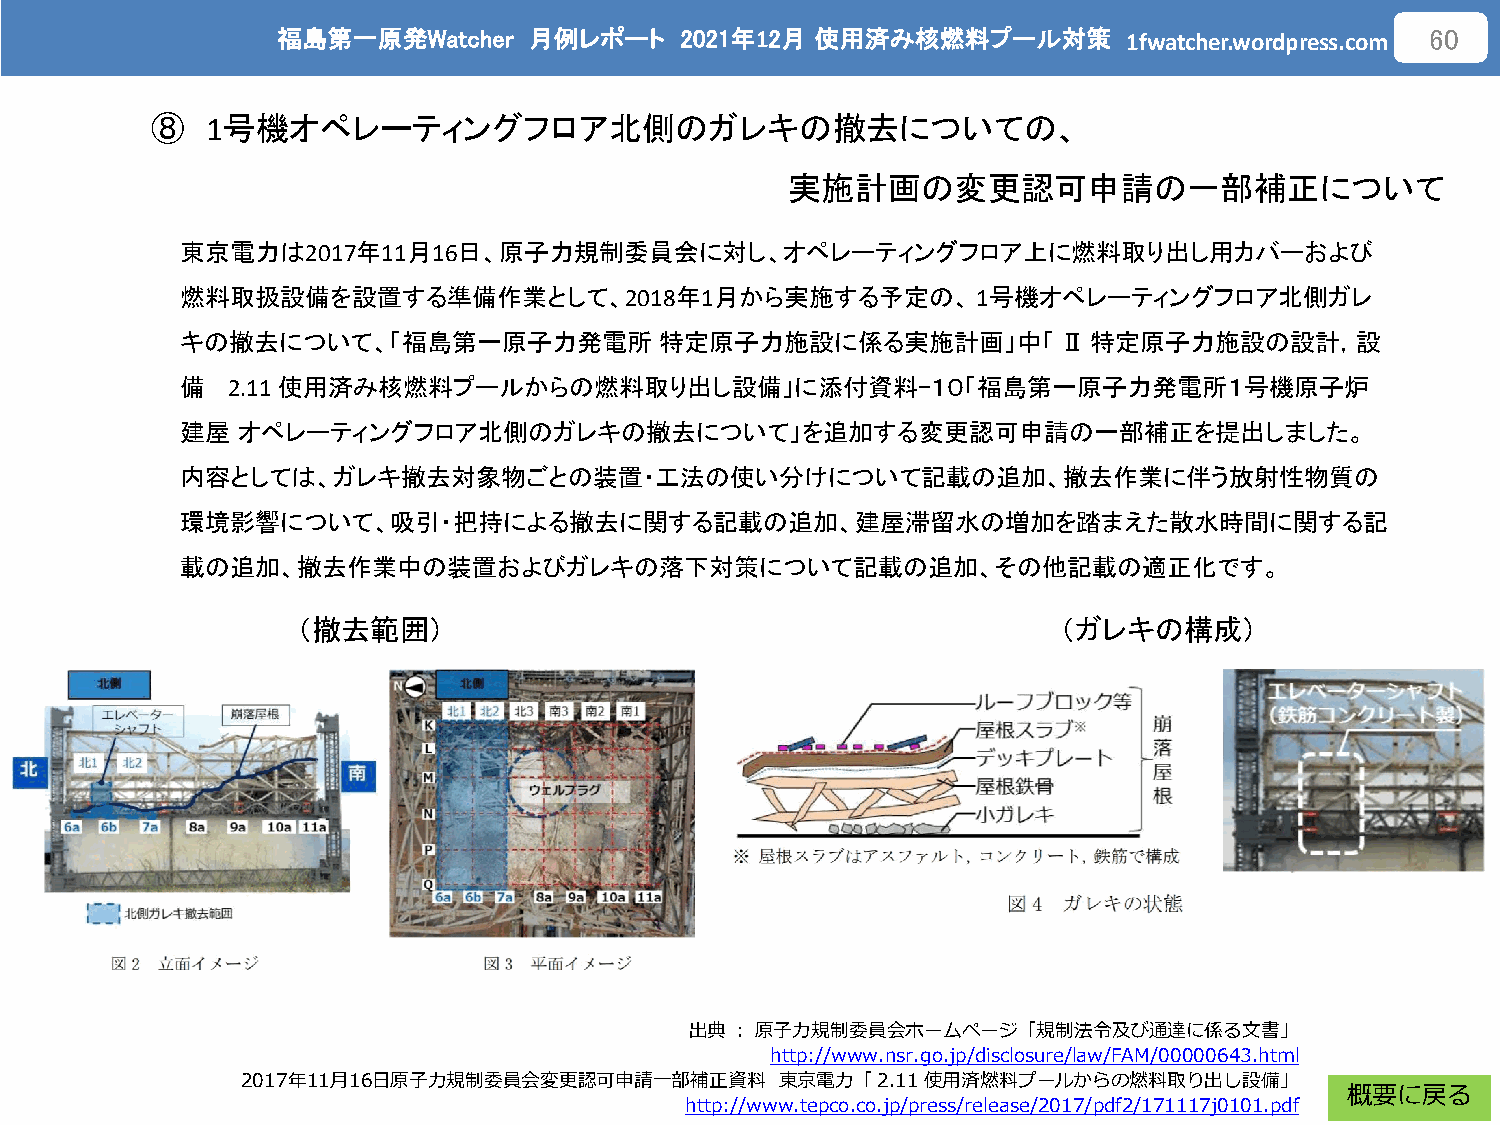
福島第一原発Watcher    月例レポート    2021年12月 使用済み核燃料プール対策
 1fwatcher.wordpress.com
 60
 ⑧   1号機オペレーティングフロア北側のガレキの撤去についての、
 実施計画の変更認可申請の一部補正について
 東京電力は2017年11月16日、原子力規制委員会に対し、オペレーティングフロア上に燃料取り出し用カバーおよび
 燃料取扱設備を設置する準備作業として、2018年1月から実施する予定の、1号機オペレーティングフロア北側ガレ
 キの撤去について、「福島第一原子力発電所            特定原子力施設に係る実施計画」中「Ⅱ特定原子力施設の設計，設
 備  2.11 使用済み核燃料プールからの燃料取り出し設備」に添付資料-１０「福島第一原子力発電所１号機原子炉
 建屋  オペレーティングフロア北側のガレキの撤去について」を追加する変更認可申請の一部補正を提出しました。
 内容としては、ガレキ撤去対象物ごとの装置・工法の使い分けについて記載の追加、撤去作業に伴う放射性物質の
 環境影響について、吸引・把持による撤去に関する記載の追加、建屋滞留水の増加を踏まえた散水時間に関する記
 載の追加、撤去作業中の装置およびガレキの落下対策について記載の追加、その他記載の適正化です。
 （撤去範囲）                                            （ガレキの構成）
 出典：原子力規制委員会ホームページ「規制法令及び通達に係る文書」
 http://www.nsr.go.jp/disclosure/law/FAM/00000643.html
 2017年11月16日原子力規制委員会変更認可申請一部補正資料     東京電力「2.11 使用済燃料プールからの燃料取り出し設備」
 概要に戻る
 http://www.tepco.co.jp/press/release/2017/pdf2/171117j0101.pdf